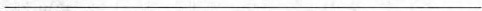
___